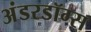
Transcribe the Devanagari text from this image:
अंडरडॉग्स